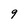
Character: 9